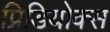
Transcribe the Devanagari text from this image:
प्रिडियोक्स